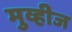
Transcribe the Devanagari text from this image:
मुव्हीज